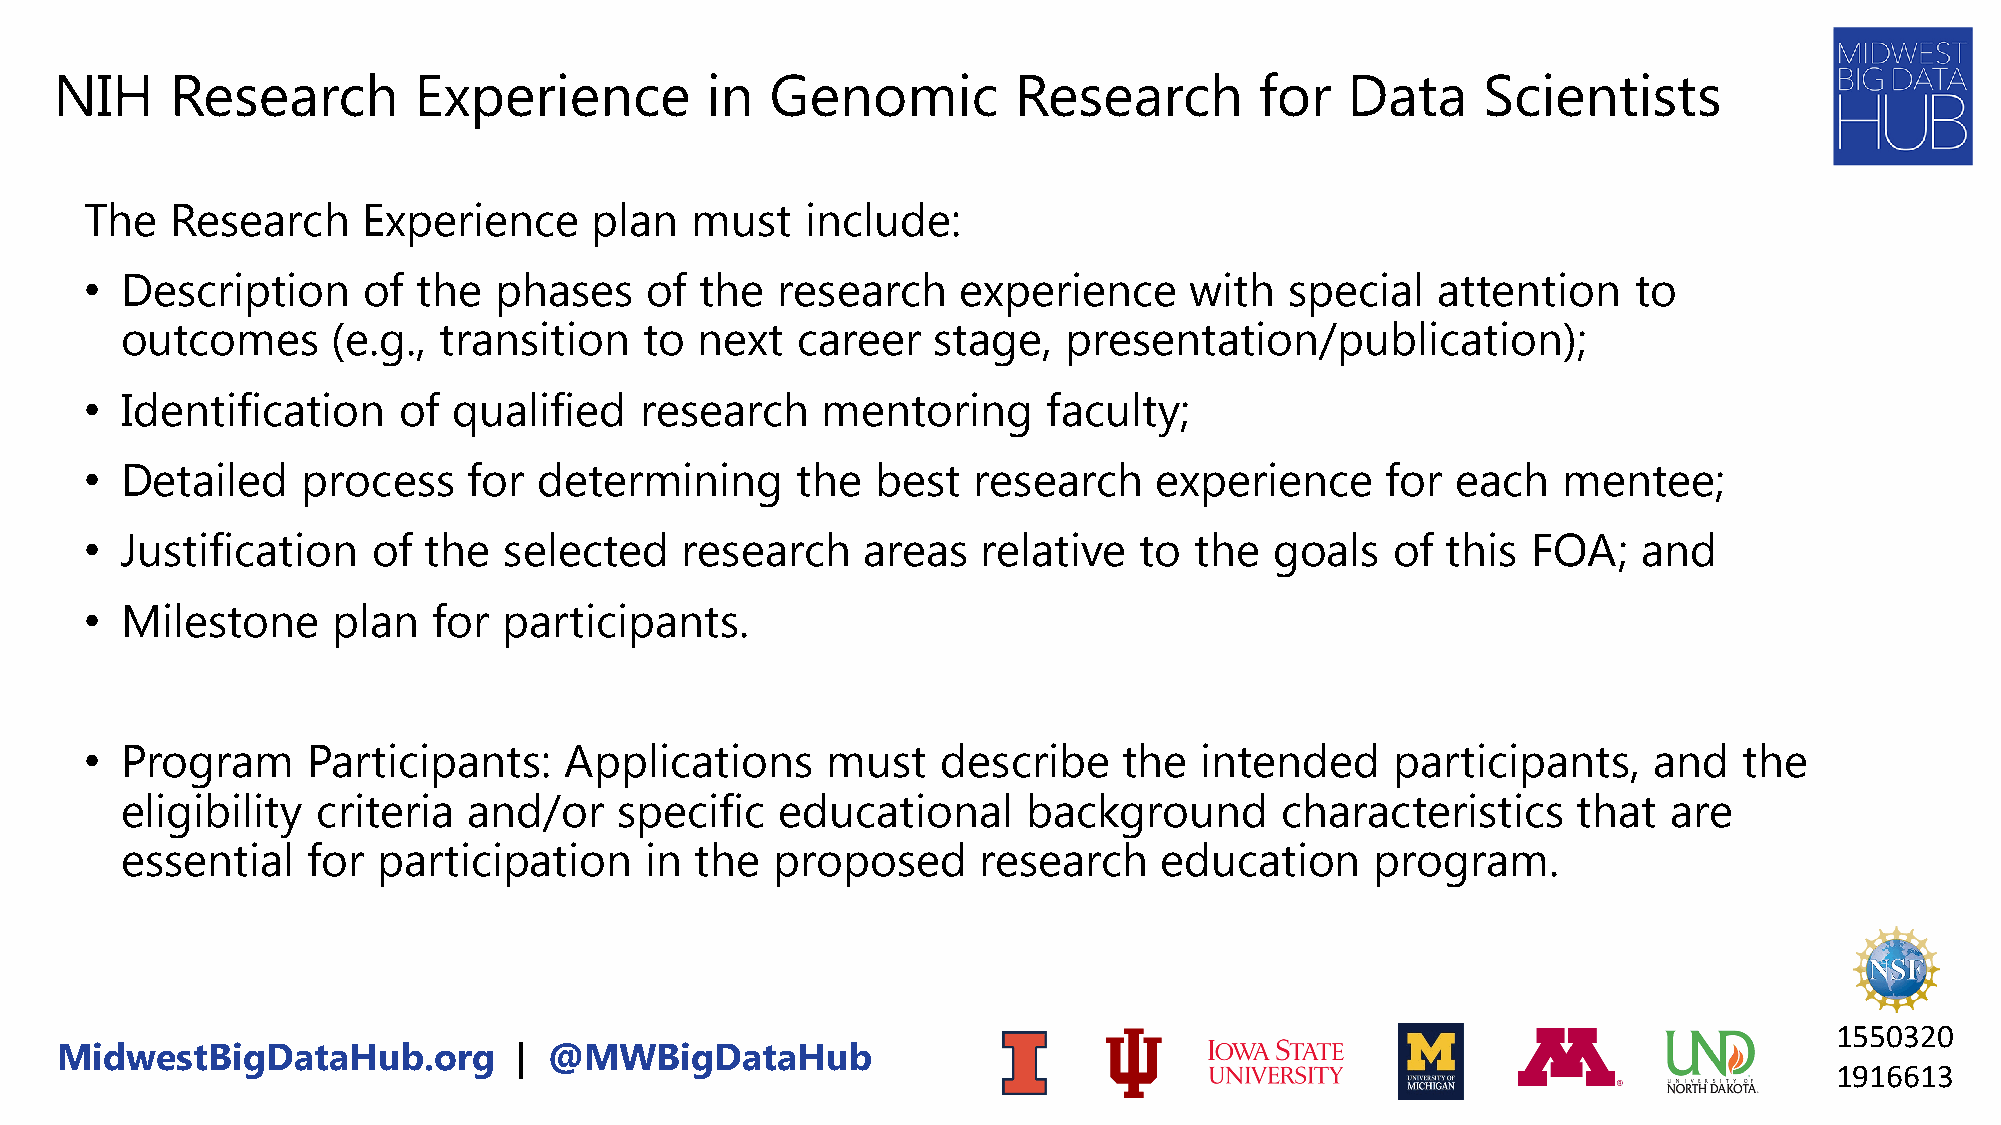
NIH    Research        Experience          in  Genomic         Research        for   Data     Scientists
 The  Research     Experience     plan   must   include:
 • Description     of  the  phases    of the  research    experience      with  special   attention    to
 outcomes      (e.g., transition    to next   career   stage,   presentation/publication);
 • Identification    of  qualified   research    mentoring      faculty;
 • Detailed    process    for  determining      the  best  research    experience      for each   mentee;
 • Justification    of the  selected    research    areas   relative  to  the  goals   of  this FOA;    and
 • Milestone     plan   for participants.
 • Program     Participants:    Applications      must   describe    the  intended     participants,    and   the
 eligibility  criteria  and/or    specific   educational     background       characteristics    that   are
 essential   for  participation     in the  proposed      research    education     program.
 1550320
 MidwestBigDataHub.org         | @MWBigDataHub
 1916613